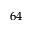
6 4